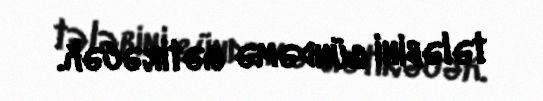
tələbini gündəmə gətirəcək.